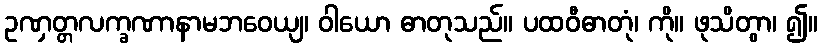
ဥဏှတ္တလက္ခဏာနာမဘဝေယျ၊ ဝါယော ဓာတုသည်။ ပထဝီဓာတုံ၊ ကို။ ဖုသိတွာ၊ ၍။